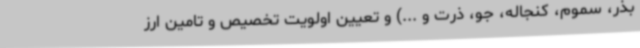
بذر، سموم، کنجاله، جو، ذرت و ...) و تعیین اولویت تخصیص و تامین ارز